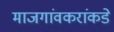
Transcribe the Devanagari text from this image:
माजगांवकरांकडे